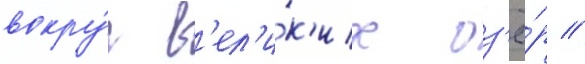
вокру́г в'ел'и́к'их оз'ё́р //